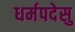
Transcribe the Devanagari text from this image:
धर्मपदेसु